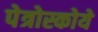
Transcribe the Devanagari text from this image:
पेत्रोस्कोये